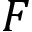
F